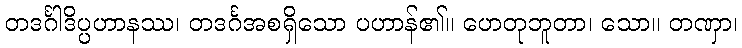
တဒင်္ဂါဒိပ္ပဟာနဿ၊ တဒင်္ဂအစရှိသော ပဟာန်၏။ ဟေတုဘူတာ၊ သော။ တဏှာ၊